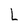
Character: L